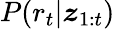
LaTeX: P(r_{t}|\boldsymbol{z}_{1:t})